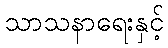
သာသနာရေးနှင့်